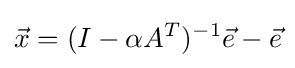
{\vec {x}}=(I-\alpha A^{T})^{-1}{\vec {e}}-{\vec {e}}